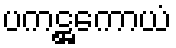
ပကဋ္ဌကောယံ